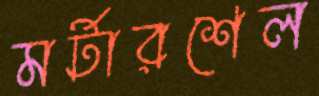
মর্টারশেল